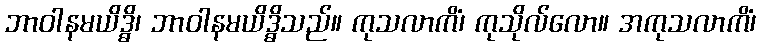
ဘာဝါနမယိဒ္ဓိ၊ ဘာဝါနမယိဒ္ဓိသည်။ ကုသလာကိံ၊ ကုသိုလ်လော။ အကုသလာကိံ၊